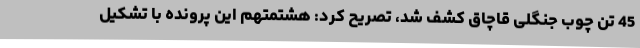
45 تن چوب جنگلی قاچاق کشف شد، تصریح کرد: هشتمتهم این پرونده با تشکیل